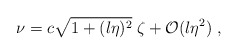
\begin{align*}\nu=c\sqrt{1+(l\eta)^2}\;\zeta+{\cal O}(l\eta^2)\;,\end{align*}